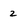
Character: 2